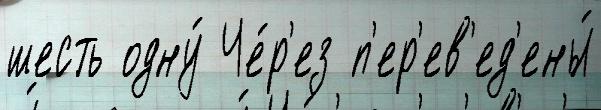
шесть одну́ Че́р'ез п'ер'ев'ед'ены́